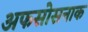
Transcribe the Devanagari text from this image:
अफसोसनाक